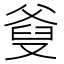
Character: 𤕗